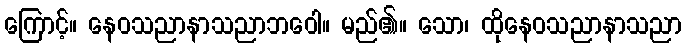
ကြောင့်။ နေဝသညာနာသညာဘဝေါ။ မည်၏။ သော၊ ထိုနေဝသညာနာသညာ